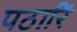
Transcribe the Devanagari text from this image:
पठारिं